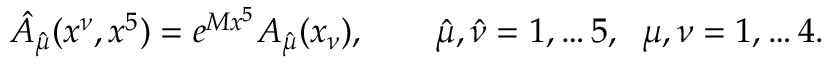
\hat { A } _ { \hat { \mu } } ( x ^ { \nu } , x ^ { 5 } ) = e ^ { M x ^ { 5 } } A _ { \hat { \mu } } ( x _ { \nu } ) , \qquad \hat { \mu } , \hat { \nu } = 1 , \dots 5 , \; \; \mu , \nu = 1 , \dots 4 .